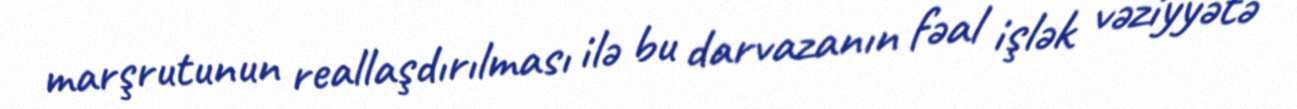
marşrutunun reallaşdırılması ilə bu darvazanın fəal işlək vəziyyətə